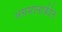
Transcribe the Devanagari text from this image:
अग्रमानाकीत